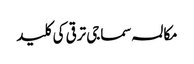
مکالمہ سماجی ترقی کی کلید